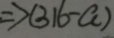
\Rightarrow ( 3 1 6 - a )